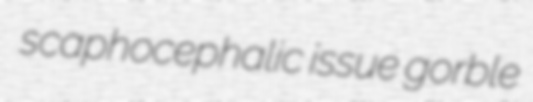
scaphocephalic issue gorble